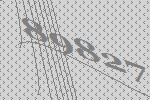
89827